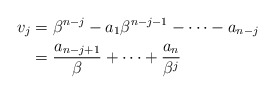
\begin{align*}v_{j}&=\beta^{n-j}-a_1\beta^{n-j-1}-\cdots-a_{n-j}\\&=\frac{a_{n-j+1}}{\beta}+\cdots+\frac{a_n}{\beta^j}\end{align*}